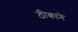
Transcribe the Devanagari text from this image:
ठीकाने